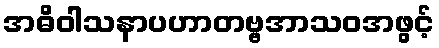
အဓိဝါသနာပဟာတဗ္ဗအာသဝအဖွင့်